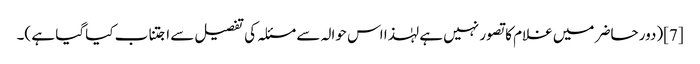
[7](دور حاضر میں غلام کا تصور نہیں ہے لہٰذا اس حوالہ سے مسئلہ کی تفصیل سے اجتناب کیا گیا ہے )۔